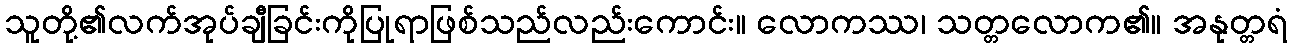
သူတို့၏လက်အုပ်ချီခြင်းကိုပြုရာဖြစ်သည်လည်းကောင်း။ လောကဿ၊ သတ္တလောက၏။ အနုတ္တရံ